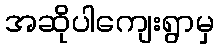
အဆိုပါကျေးရွာမှ